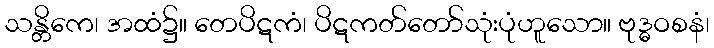
သန္တိကေ၊ အထံ၌။ တေပိဋကံ၊ ပိဋကတ်တော်သုံးပုံဟူသော။ ဗုဒ္ဓဝစနံ၊